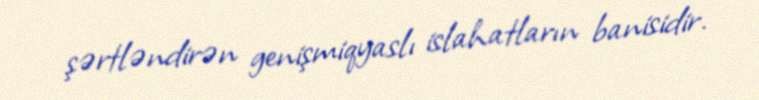
şərtləndirən genişmiqyaslı islahatların banisidir.